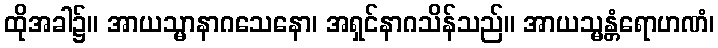
ထိုအခါ၌။ အာယသ္မာနာဂသေနော၊ အရှင်နာဂသိန်သည်။ အာယသ္မန္တံရောဟဏံ၊